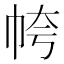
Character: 㡁